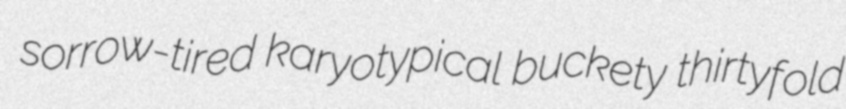
sorrow-tired karyotypical buckety thirtyfold